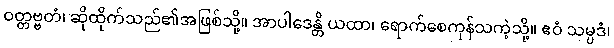
ဝတ္တဗ္ဗတံ၊ ဆိုထိုက်သည်၏အဖြစ်သို့။ အာပါဒေန္တိ ယထာ၊ ရောက်စေကုန်သကဲ့သို့။ ဧဝံ သမ္ပဒံ၊